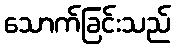
သောက်ခြင်းသည်